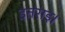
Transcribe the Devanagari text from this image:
इतराइ।